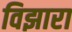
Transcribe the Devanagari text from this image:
विझारा